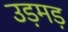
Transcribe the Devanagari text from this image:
उड़मड़